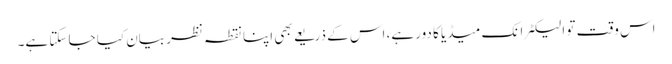
اس وقت تو الیکٹرانک میڈیا کا دور ہے، اس کے ذریعے بھی اپنا نقطہ نظر بیان کیا جا سکتا ہے۔